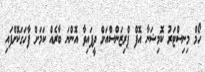
ހޯމް މިނިސްޓަރު ކޮމިޝަނާ އޮފް ޕްރިޒަންސްއަށް ދީފައިވާ އޮންނަ ބާރެއް ކަމަށް ފާހަގަކޮށްފައި